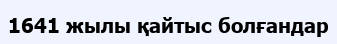
1641 жылы қайтыс болғандар